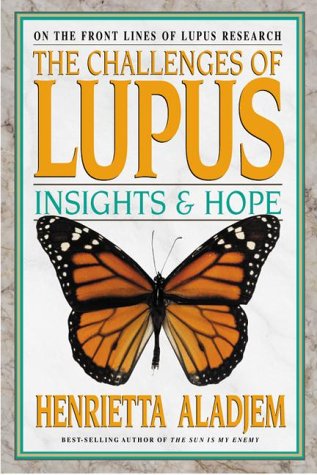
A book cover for The Challenges of Lupus: Insights and Hope; Henrietta Aladjem; Health, Fitness & Dieting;